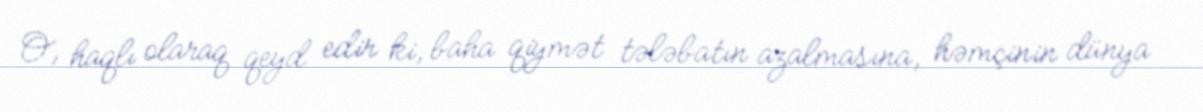
O, haqlı olaraq qeyd edir ki, baha qiymət tələbatın azalmasına, həmçinin dünya